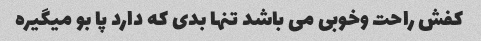
کفش راحت وخوبی می باشد تنها بدی که دارد پا بو میگیره